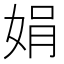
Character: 娟